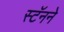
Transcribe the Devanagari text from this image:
स्टॅनने